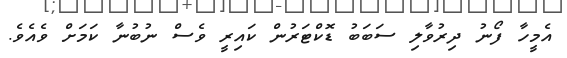
އެމީހާ ފޯނު ދިރުވާލި ސަބަބު ޑޮކްޓަރުން ކައިރީ ވެސް ނުބުނާ ކަމަށް ވެއެވެ.